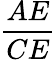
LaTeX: \frac{AE}{CE}